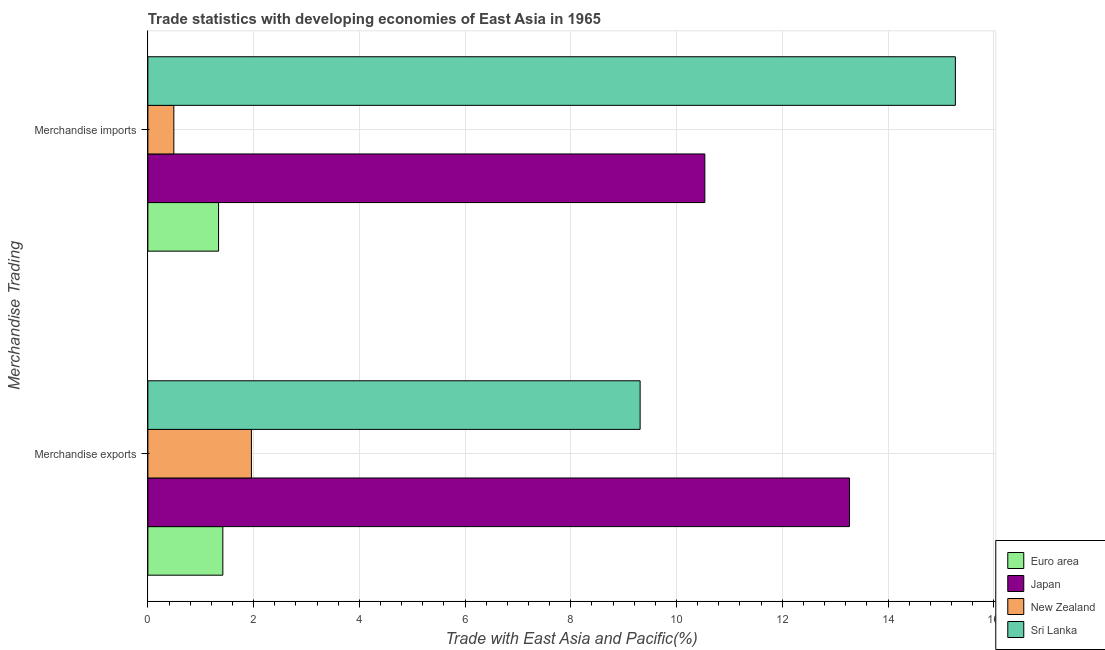
| Merchandise Trading | Euro area | Japan | New Zealand | Sri Lanka |
 | --- | --- | --- | --- | --- |
 | Merchandise exports | 1.42 | 13.3 | 1.96 | 9.31 |
 | Merchandise imports | 1.34 | 10.5 | 0.491 | 15.3 |